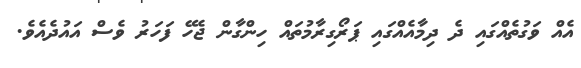
އެއް ވަގުތެއްގައި ދެ ދިމާއެއްގައި ޕަރޯގިރާމުތައް ހިންގާން ޖެހޭ ފަހަރު ވެސް އައުދެއެވެ.